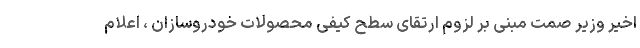
اخیر وزیر صمت مبنی بر لزوم ارتقای سطح کیفی محصولات خودروسازان ، اعلام